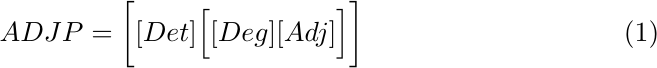
\begin{equation}
ADJP = \bigg[ [Det] \Big[[Deg][Adj]\Big]\bigg]
\label{ADJP}
\end{equation}